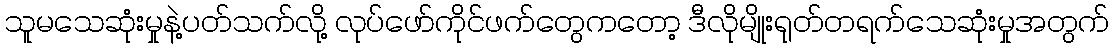
သူမသေဆုံးမှုနဲ့ပတ်သက်လို့ လုပ်ဖော်ကိုင်ဖက်တွေကတော့ ဒီလိုမျိုးရုတ်တရက်သေဆုံးမှုအတွက်